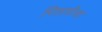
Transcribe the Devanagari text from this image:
पिछाडीचा